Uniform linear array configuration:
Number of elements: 32
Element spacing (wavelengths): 0.75
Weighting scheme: blackman
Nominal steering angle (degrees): -15
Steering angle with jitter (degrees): -16.725
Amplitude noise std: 0.05
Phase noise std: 0.05

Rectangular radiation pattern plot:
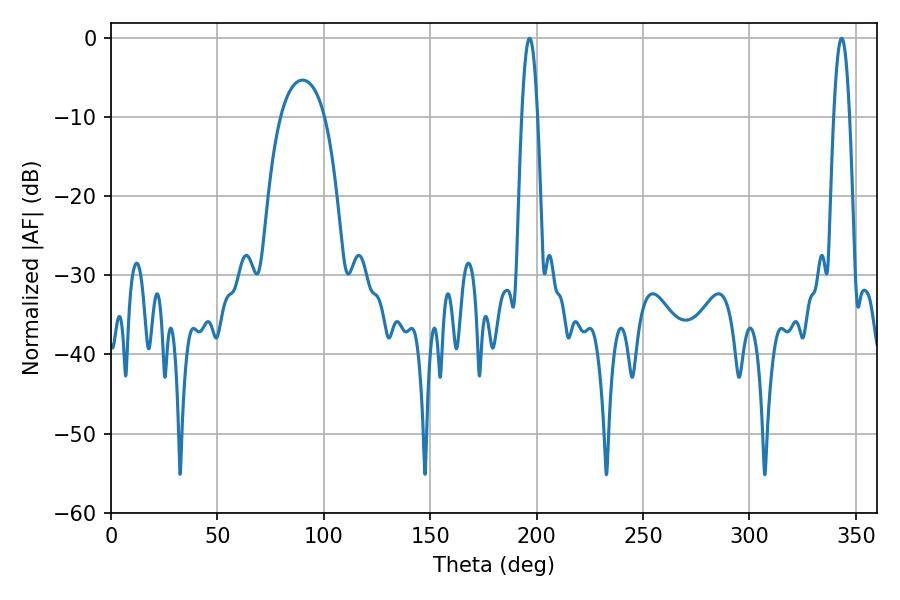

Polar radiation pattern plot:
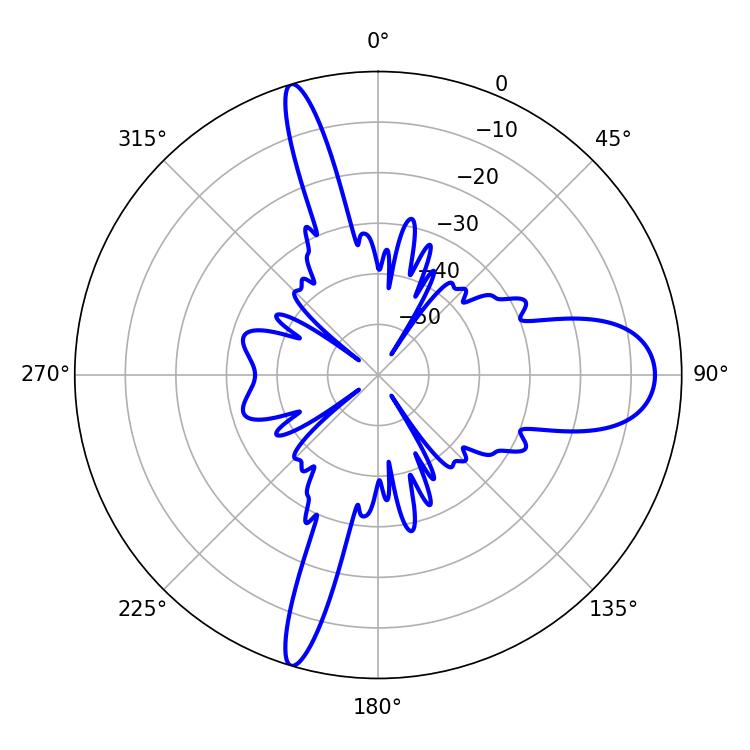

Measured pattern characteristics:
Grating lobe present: TRUE
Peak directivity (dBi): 16.5
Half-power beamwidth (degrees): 3.96
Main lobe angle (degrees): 196.74